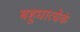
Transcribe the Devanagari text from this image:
बहुधात्येकं